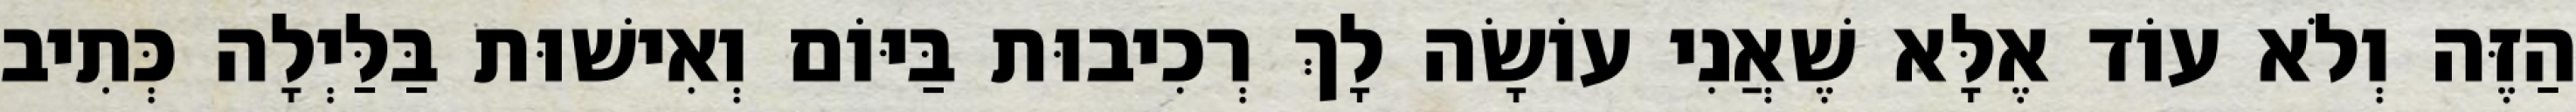
הַזֶּה וְלֹא עוֹד אֶלָּא שֶׁאֲנִי עוֹשָׂה לָךְ רְכִיבוּת בַּיּוֹם וְאִישׁוּת בַּלַּיְלָה כְּתִיב